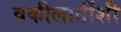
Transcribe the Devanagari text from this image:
वकीलातींशी